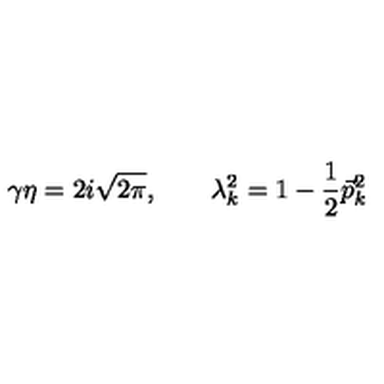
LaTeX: \gamma \eta = 2 i \sqrt { 2 \pi } , \qquad \lambda _ { k } ^ { 2 } = 1 - \frac { 1 } { 2 } \vec { p } _ { k } ^ { 2 }